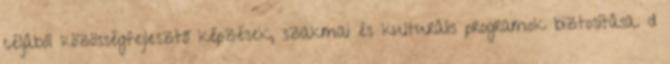
céljából közösségfejlesztő képzések, szakmai és kulturális programok biztosítása. d